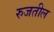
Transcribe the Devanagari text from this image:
रुजतील